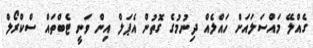
ގެއްލޭ މައްސަލައަށް ހައްލެއް ދިނުމުގެ ގޮތުން އެޕަލް އިން ވަނީ ޓެބްތައް ސްކްރޯލް